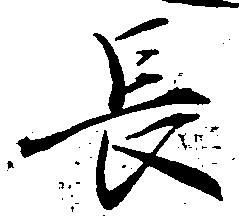
長